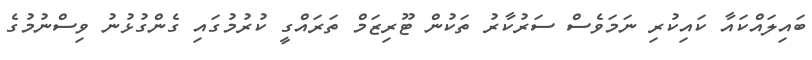
ބައިލައްކައާ ކައިކުރި ނަމަވެސް ސަރުކާރު ތަކުން ޓޫރިޒަމް ތަރައްގީ ކުރުމުގައި ގެންގުޅުނު ވިސްނުމުގެ